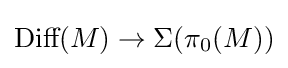
{\text{Diff}}(M)\to \Sigma (\pi _{0}(M))